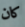
كان